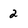
Character: 2